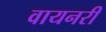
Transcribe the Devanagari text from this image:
वायनरी